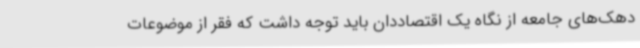
دهک‌های جامعه از نگاه یک اقتصاددان باید توجه داشت که فقر از موضوعات